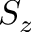
S _ { z }